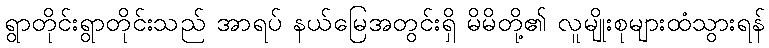
ရွာတိုင်းရွာတိုင်းသည် အာရပ် နယ်မြေအတွင်းရှိ မိမိတို့၏ လူမျိုးစုများထံသွားရန်